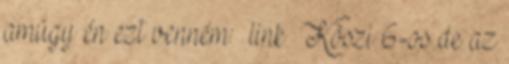
amúgy én ezt venném: link Köszi 6-os de az